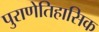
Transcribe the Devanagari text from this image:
पुराणेतिहासिक